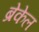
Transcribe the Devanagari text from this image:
ब्रेकेल